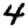
Digit: 4